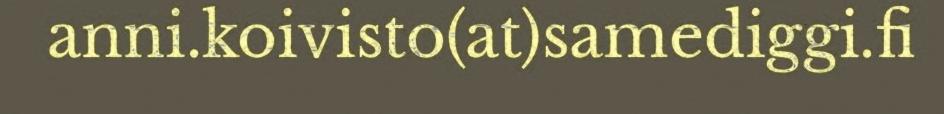
anni.koivisto(at)samediggi.fi